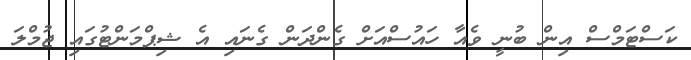
ކަސްޓަމްސް އިން ބުނީ ވެއާ ހައުސްއަށް ގެންދަން ގެނައި އެ ޝިޕްމަންޓުގައި ޖުމްލަ